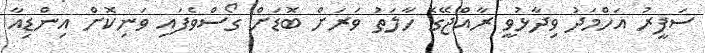
ސަފީރު އަހްމަދު ވިދާޅުވީ ރާއްޖޭގެ ހާލަތު ވަރަށް ބޮޑަށް ގޯސްވެފައި ވަނިކޮށް އިންޑިއާ